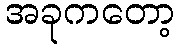
အခုကတော့